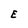
Character: E